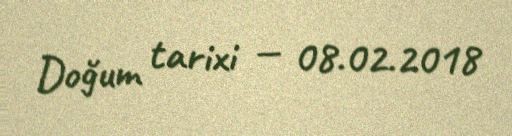
Doğum tarixi — 08.02.2018